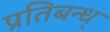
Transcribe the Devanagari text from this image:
प्रतिबन्ध्